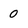
Character: 0